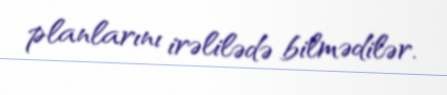
planlarını irəlilədə bilmədilər.